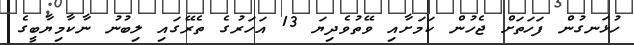
ހުޅަނގުން ފަހަތަށް ޖެހުން ކަމަށާއި ވޭތުވެދިޔަ 13 އަހަރުގެ ތެރޭގައި ލިބުނު ނާކާމިޔާބީގެ